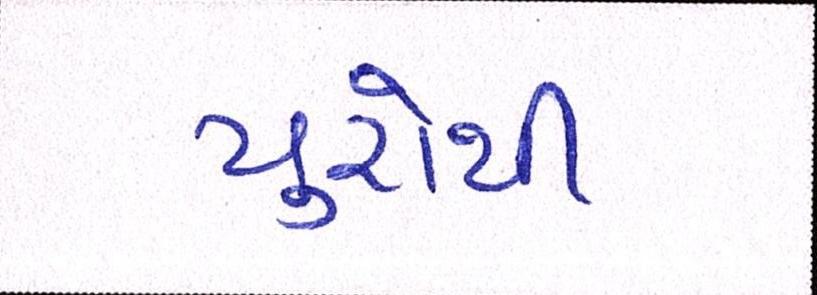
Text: યુરોથી